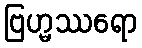
ဗြဟ္မဿရော